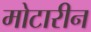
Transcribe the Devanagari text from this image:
मोटारीन